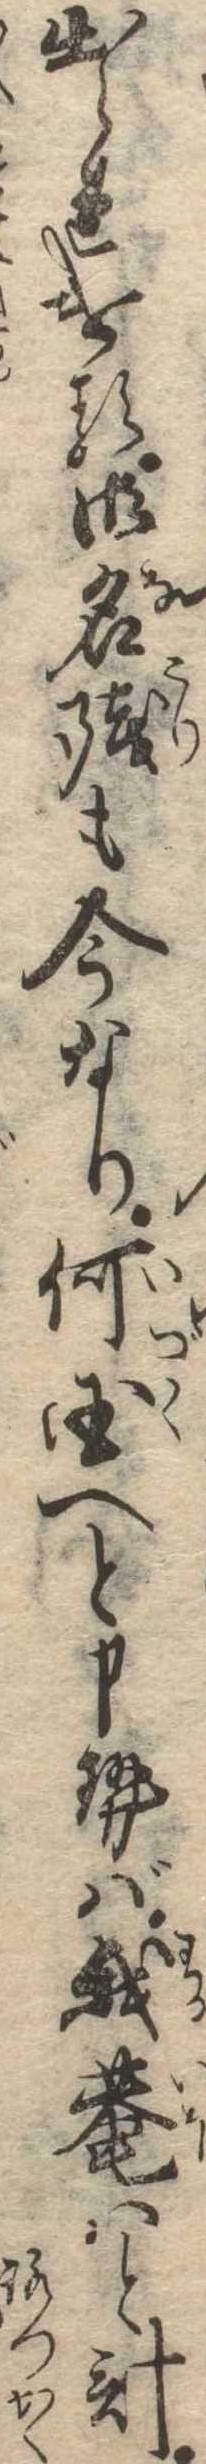
出られける御名残も今なり何国へと申せば我庵はと計